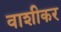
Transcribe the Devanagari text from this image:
वाशीकर